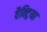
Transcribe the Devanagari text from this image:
वैक्ट्रिया